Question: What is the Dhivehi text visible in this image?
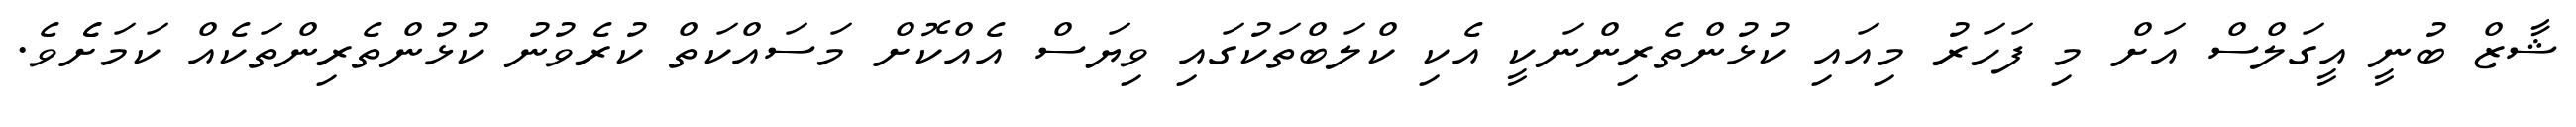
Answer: ޝާޒް ބުނީ އީގަލްސް އަށް މި ފަހަރު މިއައި ކުޅުންތެރިންނަކީ އެކި ކްލަބްތަކުގައި ވިޔަސް އެއްކޮށް މަސައްކަތް ކުރެވުނު ކުޅުންތެރިންތަކެއް ކަމަށެެވެ.